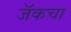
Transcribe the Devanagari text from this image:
जॅकचा